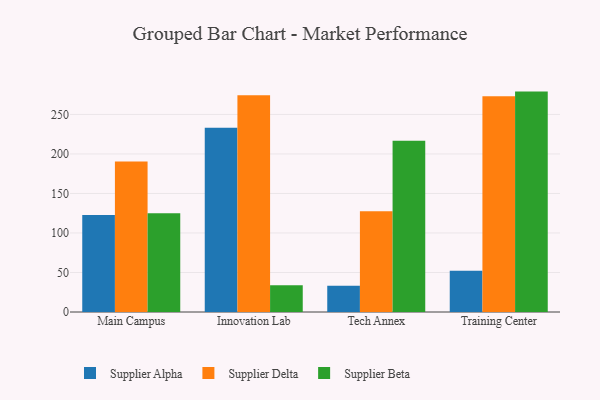
{"axis": {"x": "Campus", "y": "Satisfaction Score"}, "legend": ["Supplier Alpha", "Supplier Beta", "Supplier Delta"], "data": [{"x": "Main Campus", "y": 122.8, "type": "Supplier Alpha"}, {"x": "Main Campus", "y": 190.5, "type": "Supplier Delta"}, {"x": "Main Campus", "y": 125.0, "type": "Supplier Beta"}, {"x": "Innovation Lab", "y": 233.2, "type": "Supplier Alpha"}, {"x": "Innovation Lab", "y": 274.2, "type": "Supplier Delta"}, {"x": "Innovation Lab", "y": 33.8, "type": "Supplier Beta"}, {"x": "Tech Annex", "y": 33.1, "type": "Supplier Alpha"}, {"x": "Tech Annex", "y": 127.4, "type": "Supplier Delta"}, {"x": "Tech Annex", "y": 216.6, "type": "Supplier Beta"}, {"x": "Training Center", "y": 52.3, "type": "Supplier Alpha"}, {"x": "Training Center", "y": 272.9, "type": "Supplier Delta"}, {"x": "Training Center", "y": 278.9, "type": "Supplier Beta"}]}